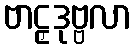
ဗာဠှဒုဗ္ဗလာ